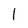
Character: 1